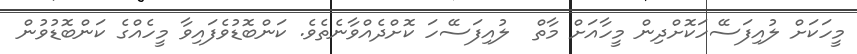
މީހަކަށް ލުއިފަސޭހަކޮށްދިން މީހާއަށް މާތް  ލުއިފަސޭހަ ކޮށްދެއްވާނެތެވެ. ކަންބޮޑުވެފައިވާ މީހެއްގެ ކަންބޮޑުވުން